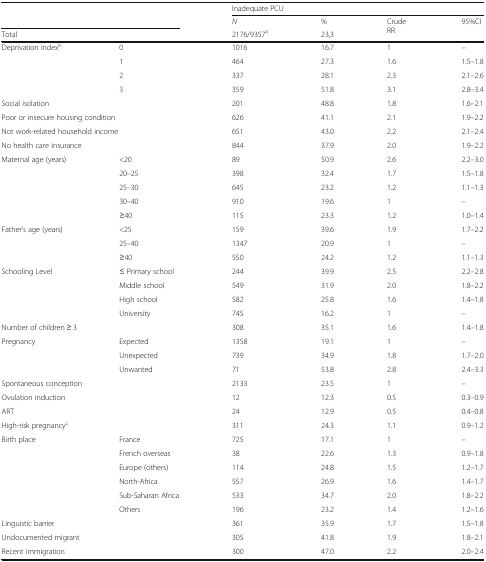
<table><thead><tr><td rowspan="2" colspan="2"></td><td colspan="4"><b>Inadequate PCU</b></td></tr><tr><td><b><i>N</i></b></td><td><b>%</b></td><td rowspan="2"><b>Crude RR</b></td><td rowspan="2"><b>95%CI</b></td></tr><tr><td colspan="2"><b>Total</b></td><td><b>2176/9357<sup>a</sup></b></td><td><b>23,3</b></td></tr></thead><tbody><tr><td rowspan="4">Deprivation index<sup>b</sup></td><td>0</td><td>1016</td><td>16.7</td><td>1</td><td>–</td></tr><tr><td>1</td><td>464</td><td>27.3</td><td>1.6</td><td>1.5–1.8</td></tr><tr><td>2</td><td>337</td><td>28.1</td><td>2.3</td><td>2.1–2.6</td></tr><tr><td>3</td><td>359</td><td>51.8</td><td>3.1</td><td>2.8–3.4</td></tr><tr><td colspan="2">Social isolation</td><td>201</td><td>48.8</td><td>1.8</td><td>1.6–2.1</td></tr><tr><td colspan="2">Poor or insecure housing condition</td><td>626</td><td>41.1</td><td>2.1</td><td>1.9–2.2</td></tr><tr><td colspan="2">Not work-related household income</td><td>651</td><td>43.0</td><td>2.2</td><td>2.1–2.4</td></tr><tr><td colspan="2">No health care insurance</td><td>844</td><td>37.9</td><td>2.0</td><td>1.9–2.2</td></tr><tr><td rowspan="5">Maternal age (years)</td><td>&lt;20</td><td>89</td><td>50.9</td><td>2.6</td><td>2.2–3.0</td></tr><tr><td>20–25</td><td>398</td><td>32.4</td><td>1.7</td><td>1.5–1.8</td></tr><tr><td>25–30</td><td>645</td><td>23.2</td><td>1.2</td><td>1.1–1.3</td></tr><tr><td>30–40</td><td>910</td><td>19.6</td><td>1</td><td>–</td></tr><tr><td>≥40</td><td>115</td><td>23.3</td><td>1.2</td><td>1.0–1.4</td></tr><tr><td rowspan="3">Father’s age (years)</td><td>&lt;25</td><td>159</td><td>39.6</td><td>1.9</td><td>1.7–2.2</td></tr><tr><td>25–40</td><td>1347</td><td>20.9</td><td>1</td><td>–</td></tr><tr><td>≥40</td><td>550</td><td>24.2</td><td>1.2</td><td>1.1–1.3</td></tr><tr><td rowspan="4">Schooling Level</td><td>≤ Primary school</td><td>244</td><td>39.9</td><td>2.5</td><td>2.2–2.8</td></tr><tr><td>Middle school</td><td>549</td><td>31.9</td><td>2.0</td><td>1.8–2.2</td></tr><tr><td>High school</td><td>582</td><td>25.8</td><td>1.6</td><td>1.4–1.8</td></tr><tr><td>University</td><td>745</td><td>16.2</td><td>1</td><td>–</td></tr><tr><td colspan="2">Number of children ≥ 3</td><td>308</td><td>35.1</td><td>1.6</td><td>1.4–1.8</td></tr><tr><td rowspan="3">Pregnancy</td><td>Expected</td><td>1358</td><td>19.1</td><td>1</td><td>–</td></tr><tr><td>Unexpected</td><td>739</td><td>34.9</td><td>1.8</td><td>1.7–2.0</td></tr><tr><td>Unwanted</td><td>71</td><td>53.8</td><td>2.8</td><td>2.4–3.3</td></tr><tr><td colspan="2">Spontaneous conception</td><td>2133</td><td>23.5</td><td>1</td><td>–</td></tr><tr><td colspan="2">Ovulation induction</td><td>12</td><td>12.3</td><td>0.5</td><td>0.3–0.9</td></tr><tr><td colspan="2">ART</td><td>24</td><td>12.9</td><td>0.5</td><td>0.4–0.8</td></tr><tr><td colspan="2">High-risk pregnancy<sup>c</sup></td><td>311</td><td>24.3</td><td>1.1</td><td>0.9–1.2</td></tr><tr><td rowspan="6">Birth place</td><td>France</td><td>725</td><td>17.1</td><td>1</td><td>–</td></tr><tr><td>French overseas</td><td>38</td><td>22.6</td><td>1.3</td><td>0.9–1.8</td></tr><tr><td>Europe (others)</td><td>114</td><td>24.8</td><td>1.5</td><td>1.2–1.7</td></tr><tr><td>North-Africa</td><td>557</td><td>26.9</td><td>1.6</td><td>1.4–1.7</td></tr><tr><td>Sub-Saharan Africa</td><td>533</td><td>34.7</td><td>2.0</td><td>1.8–2.2</td></tr><tr><td>Others</td><td>196</td><td>23.2</td><td>1.4</td><td>1.2–1.6</td></tr><tr><td colspan="2">Linguistic barrier</td><td>361</td><td>35.9</td><td>1.7</td><td>1.5–1.8</td></tr><tr><td colspan="2">Undocumented migrant</td><td>305</td><td>41.8</td><td>1.9</td><td>1.8–2.1</td></tr><tr><td colspan="2">Recent immigration</td><td>300</td><td>47.0</td><td>2.2</td><td>2.0–2.4</td></tr></tbody></table>